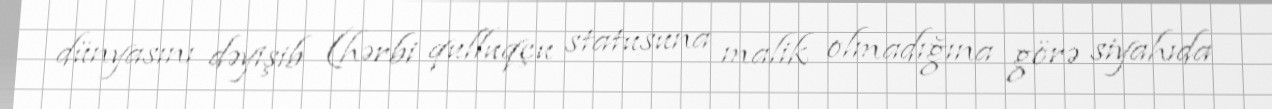
dünyasını dəyişib (hərbi qulluqçu statusuna malik olmadığına görə siyahıda